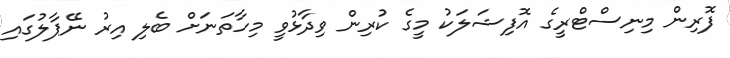
ފޮރިން މިނިސްޓްރީގެ އޮފިޝަލަކު މީގެ ކުރިން ވިދާޅުވީ މިހާތަނަށް ބެލި އިރު ނޭޕާލުގައި